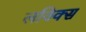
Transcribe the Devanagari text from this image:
लविक्स